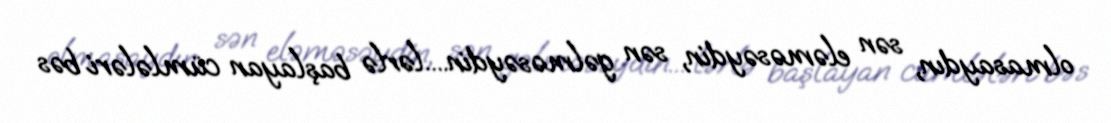
olmasaydın, sən eləməsəydin, sən gəlməsəydin....lərlə başlayan cümlələri bəs